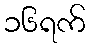
၁၆ရက်